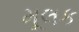
મૂલક